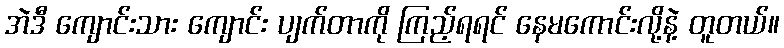
အဲဒီ ကျောင်းသား ကျောင်း ပျက်တာကို ကြည့်ရရင် နေမကောင်းလို့နဲ့ တူတယ်။